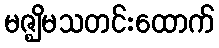
မဇ္ဈိမသတင်းထောက်